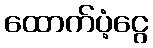
ထောက်ပံ့ငွေ